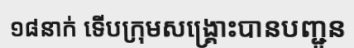
១៨នាក់ ទើបក្រុមសង្គ្រោះបានបញ្ជូន